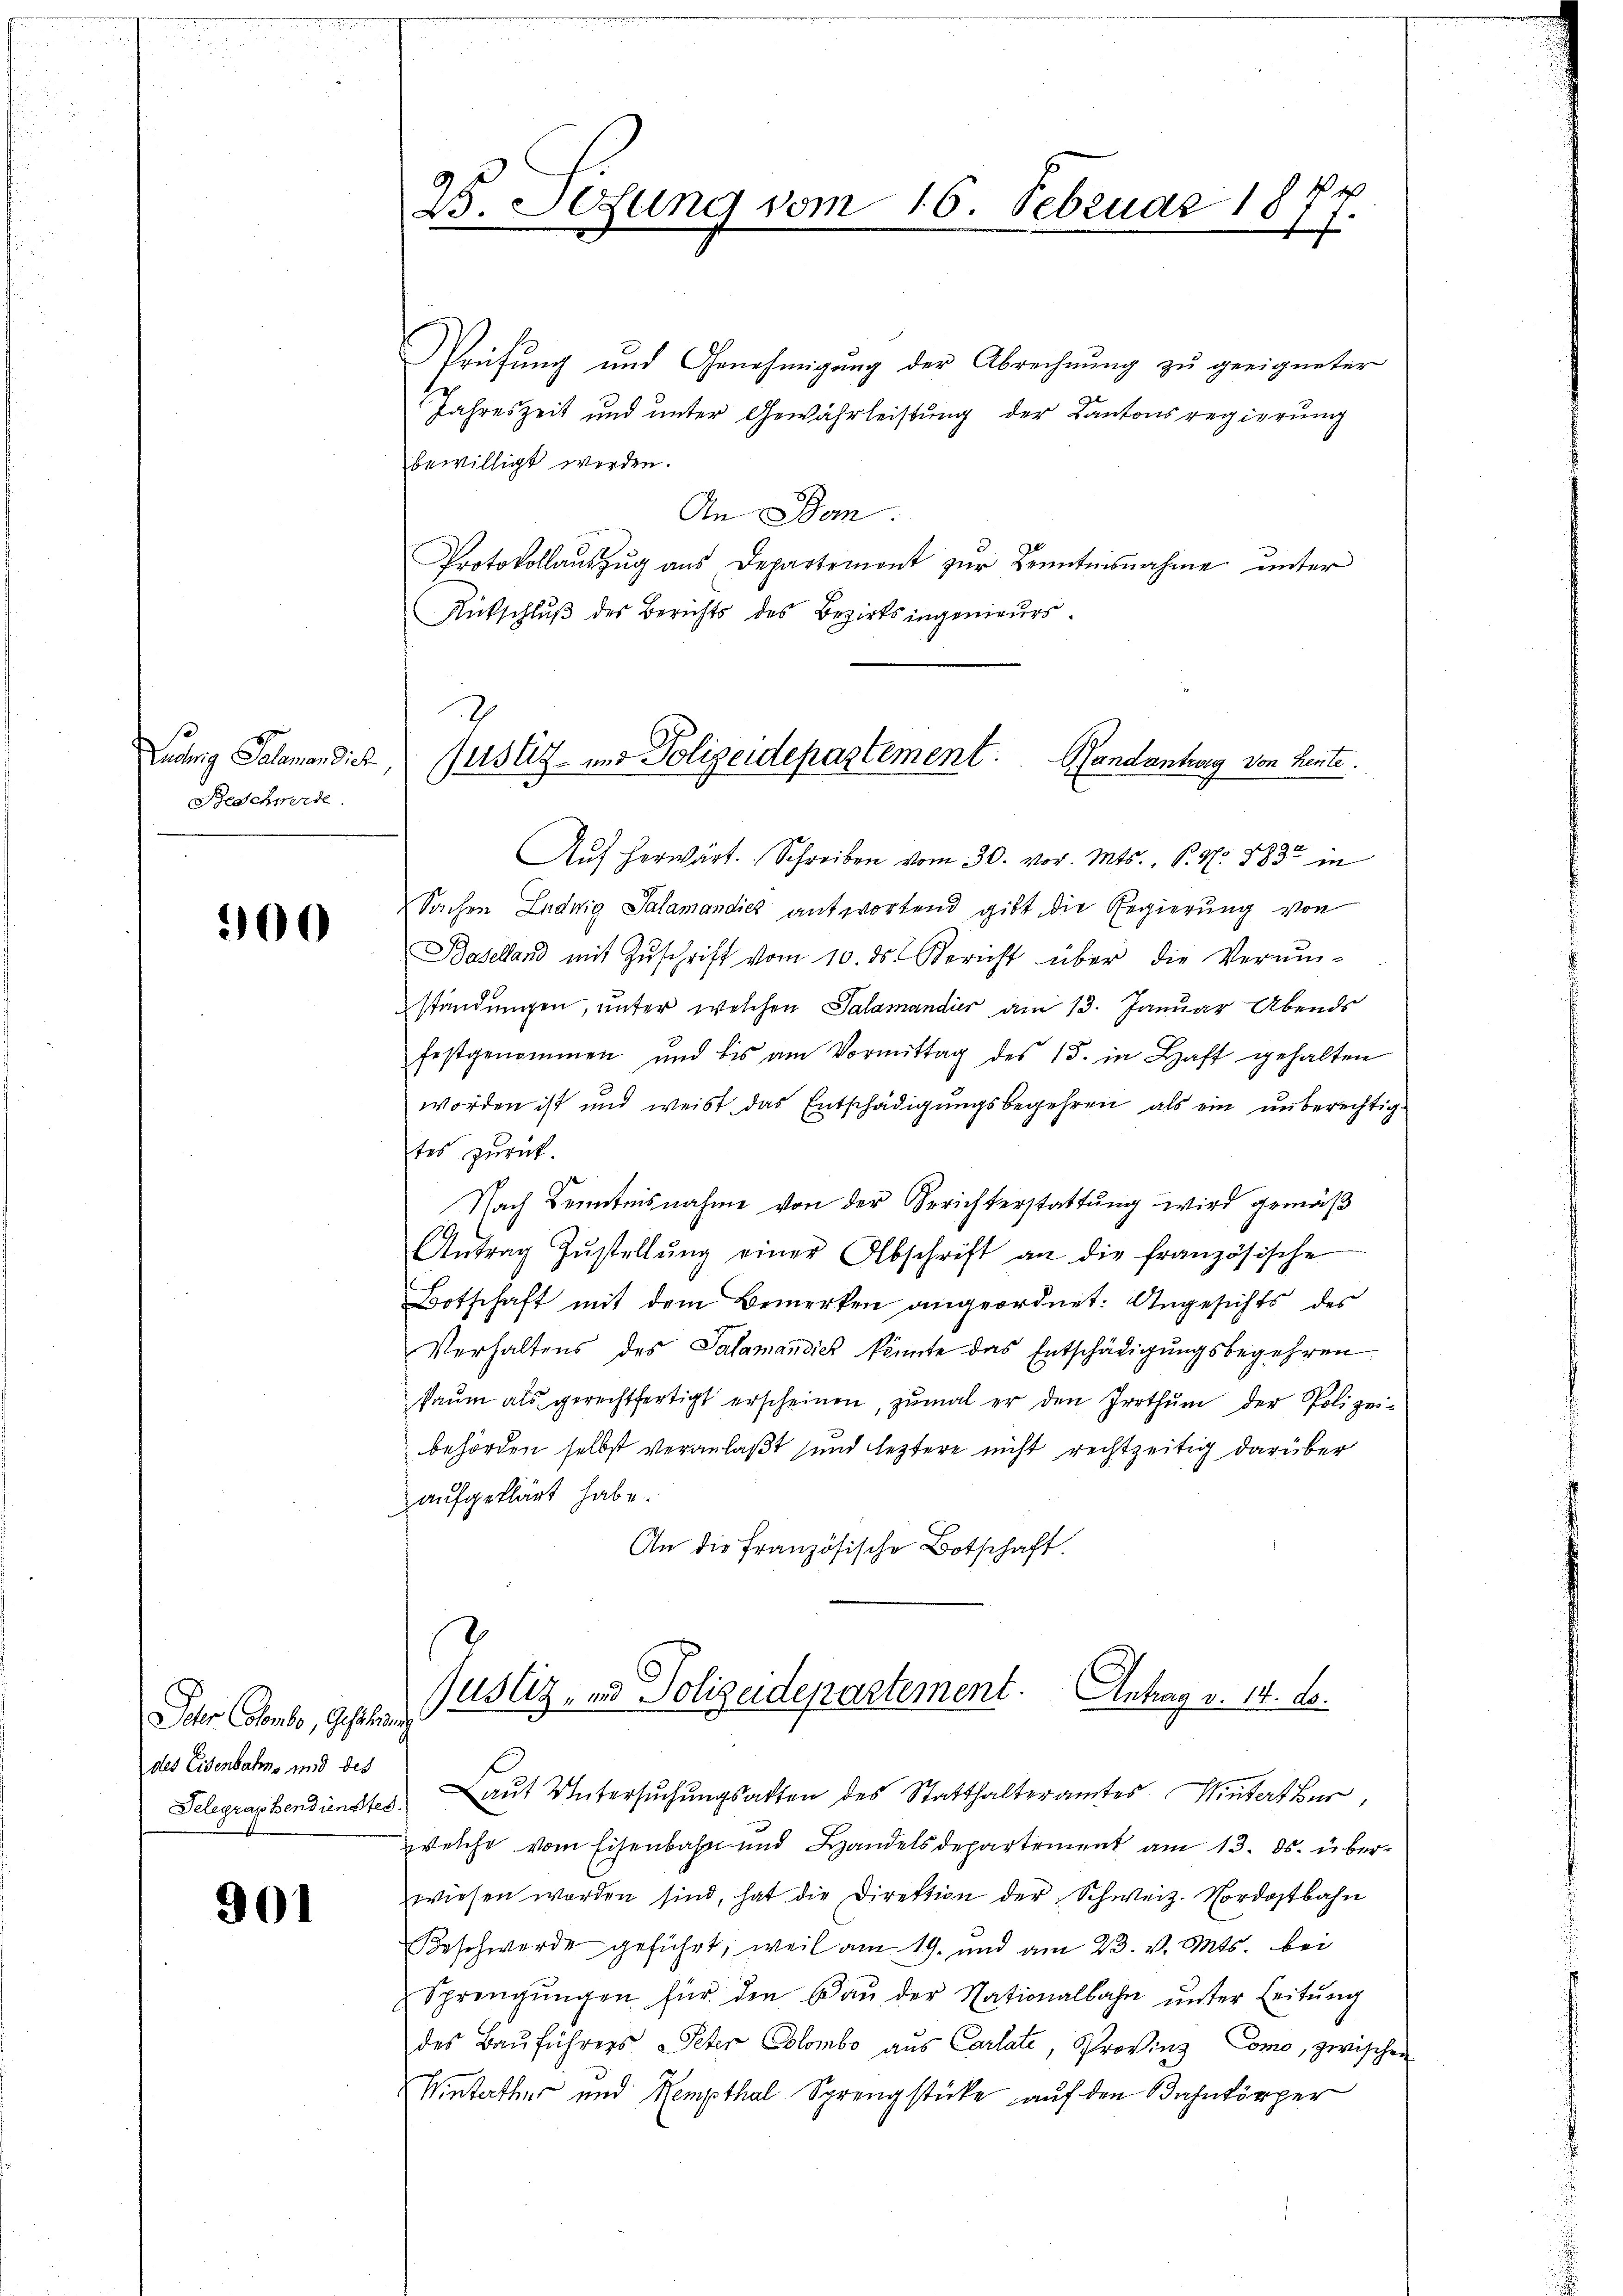
Beschwerde.

900

901

25. Sedung vom 16. Februar 18
d
17.

Scher Colombe, Gesung
des Eisenbahns und des

Prüfung und Genehmigung der Abrechnung zu geeigneter
Jahreszeit und unter Gewährleistung der Kantonsregierung
bewilligt werden.
An Dom.
Protokollaŭszŭg aŭs Departemont zŭr Kenntnisnahme unter
Antschlŭβ des Berichts des Bezirksingenieurs.
Auf herwärt. Schreiben vom 30. vor. Mts., P. N. 883 in
Sachen Ludwig Salamandies antwortend gibt die Regierung von
Baselland mit Zŭschrift vom 10. ds. Bericht über die Verŭm-
ständungen, unter welchen Salamandis am 13. Januar Abends
festgenommen und bis am Vormittag des 15. in Haft gehalten
worden ist und weist das Entschädigungsbegehren als ein unberechtig
tes zurück.
Nach Kenntnisnahme von der Berichterstattung wird gemäß
Antrag Zŭstellŭng einer Abschrift an die französische
Botschaft mit dem Bemerken angeordnet: Angesichts des
Verhaltens des Salamandies könnte das Entschädigungsbegehren
kaŭm als gerechtfertigt erscheinen, zŭmal er den Irrthŭm der Polizei-
behörden selbst veranlaßt und leztere nicht rechtzeitig darüber
aufgeklärt habe.
An die französische Botschaft.
.
Justiz- und Polizeidepartement. Antrag v. 14. ds.

Telegraphendünstes auf Untersŭchŭngsakten des Statthalteramtes Wintert Ber
welche vom Eisenbahn und Handelsdepartement am 13. ds. überwiesen worden sind, hat die Direktion der Schweiz. Nordostbahn
Beschwerde geführt, weil am 19. und am 23. v. Mts. bei
Sprengŭngen für den Baŭ der Nationalbahn ŭnter Leitŭng
des Bauführers Peter Colombo aus Carlate, Provinz Como, zwischen
Winterthur und Kempthal Sprengstücke auf den Bahnkörper

.
Ludwig Salamandier, Justiz- und Polizeidepartement. Handantung von Kente.